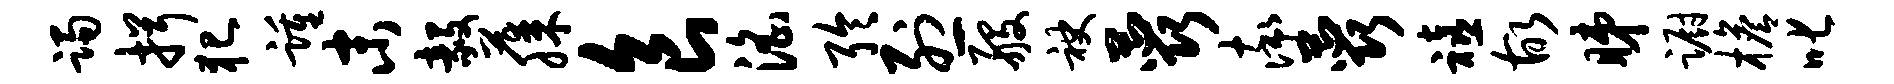
躅揖犯踵末毅藤食淫聆烈般袂蕊率蕊禧故睇蹰檐叱